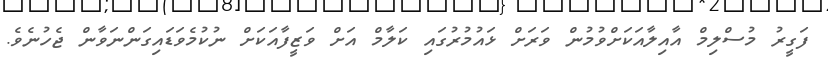
ފަގީރު މުސްލިމް އާއިލާއަކަށްވުމުން ވަރަށް ޅައުމުރުގައި ކަލާމް އަށް ވަޒީފާއަކަށް ނުކުމެވަޑައިގަންނަވާން ޖެހުނެވެ.